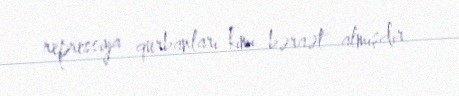
repressiya qurbanları kimi bəraət almışdır.